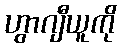
ဟွာဂျီယူကို